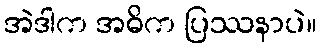
အဲဒါက အဓိက ပြဿနာပဲ။